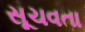
સૂચવતા